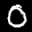
Label: 0